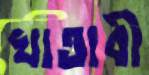
খাতাবী